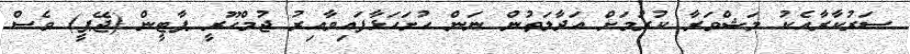
ސަރުކާރާއެކު މަޝްވަރާ ކުރުމަށް އަދާލަތުން ނަން ހުށަހަޅާފައިވާއިރު ޖުމްހޫރީ ޕާޓީން (ޖޭޕީ) ވެސް